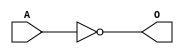
module JINVB(A, O);
input   A;
output  O;
not g0(O, A);
endmodule